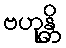
ဗဟုန္တိ